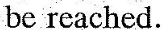
be reached.